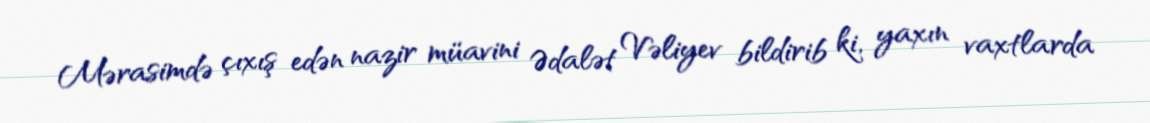
Mərasimdə çıxış edən nazir müavini Ədalət Vəliyev bildirib ki, yaxın vaxtlarda